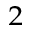
^ { 2 }